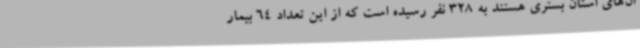
ان‌های استان بستری هستند به 328 نفر رسیده است که از این تعداد 64 بیمار